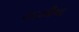
લાઝીયા